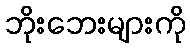
ဘိုးဘေးများကို